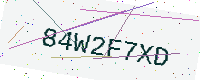
Text: 84W2F7XD